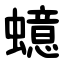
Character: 䗷